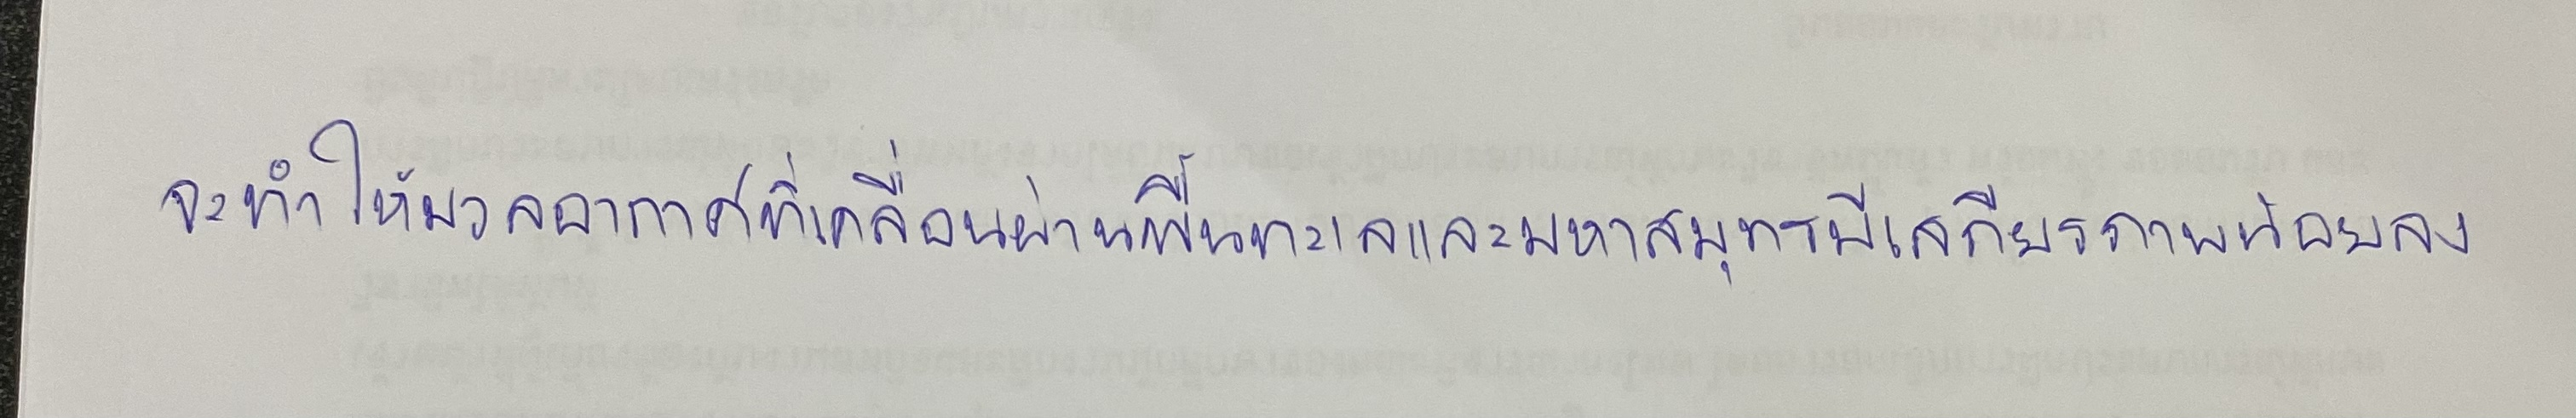
จะทำให้มวลอากาศที่เคลื่อนผ่านพื้นทะเลและมหาสมุทรมีเสถียรภาพน้อยลง